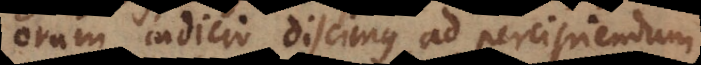
orum indicio discimus ad percipiendum